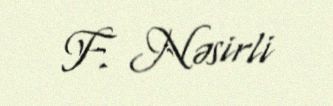
F. Nəsirli